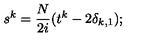
s ^ { k } = \frac { N } { 2 i } ( t ^ { k } - 2 \delta _ { k , 1 } ) ;